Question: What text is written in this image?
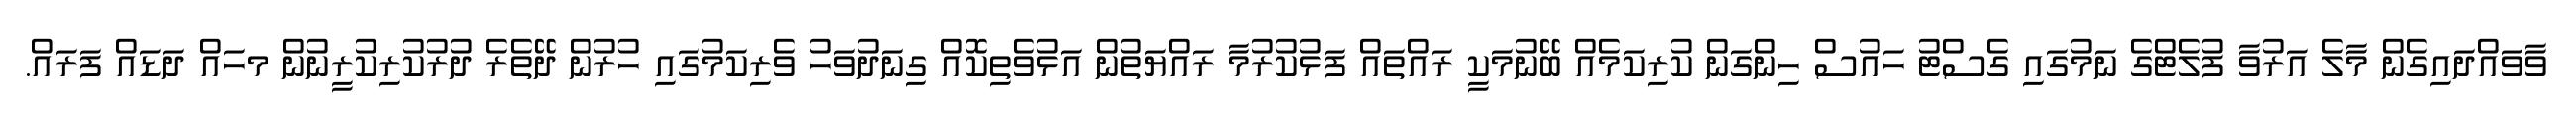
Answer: ވާވައްދައިގެން މާލެ އަރުވާ ފުލެޓްގެ ނަމުގައި ގެސްޓު ހައުސް ހިންގަން ކުރިކަމެއް ބޭނުމަކީ ރައްތައް ފަޅުކުރުމާ ރައްޔަތުން އަޅުވެތިކޮއް ގިނަދުވަހު ވެރިކަމުގައި ހުރުން ދޭތެރެ ދުރުކުރިކުރީނުން މހައް ދަޑައް ފަރައް.